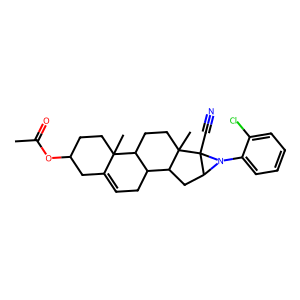
SMILES: CC(=O)OC1CCC2(C)C(=CCC3C2CCC2(C)C3CC3N(c4ccccc4Cl)C32C#N)C1
Inhibits HIV replication: No